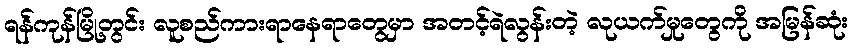
ရန်ကုန်မြို့တွင်း လူစည်ကားရာနေရာတွေမှာ အတင့်ရဲလွန်းတဲ့ လုယက်မှုတွေကို အမြန်ဆုံး